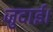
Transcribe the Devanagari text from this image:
जुदाई।